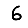
Digit: 6